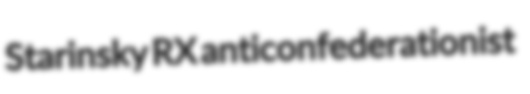
Starinsky RX anticonfederationist